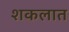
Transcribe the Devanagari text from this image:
शकलात